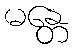
မန္တေ